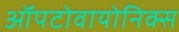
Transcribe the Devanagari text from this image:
ऑपटोवायोनिक्स